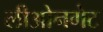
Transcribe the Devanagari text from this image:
लीओनगेट